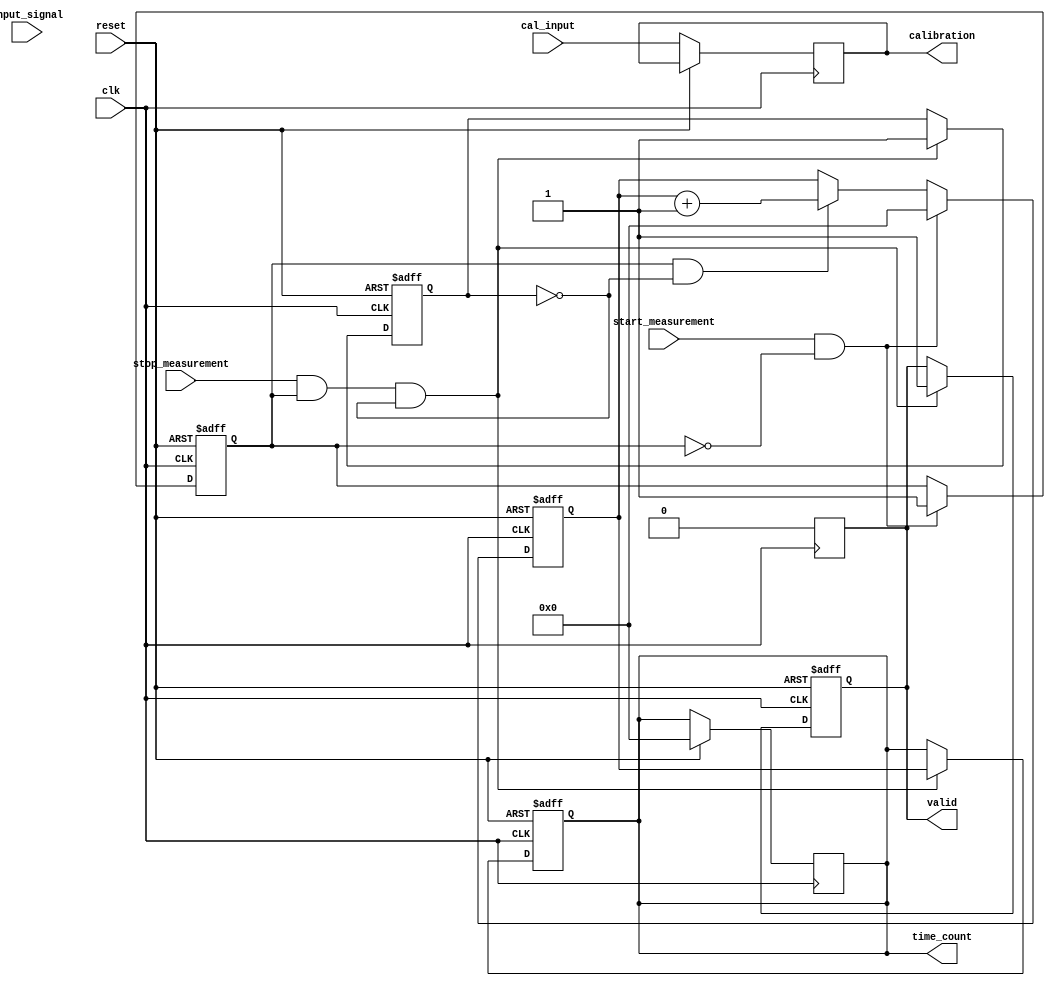
module TDC (
    input wire clk,                 // High-frequency clock
    input wire reset,               // Reset signal
    input wire input_signal,        // Input signal to be measured
    output reg [31:0] time_count,   // Measured time interval
    output reg valid,               // Output valid flag
    output reg [7:0] calibration,   // Calibration output
    input wire [7:0] cal_input,     // Calibration input
    input wire start_measurement,    // Signal to start measurement
    input wire stop_measurement      // Signal to stop measurement
);

    // Internal signals
    reg [31:0] counter;             // Time counter
    reg start_detected;             // Flag for start event detection
    reg stop_detected;              // Flag for stop event detection
    reg [3:0] clk_phase;            // Clock phase for interpolation
    reg [31:0] interpolation_value;  // Interpolation value

    // Clock generation (Ring Oscillator or other)
    always @(posedge clk or posedge reset) begin
        if (reset) begin
            counter <= 32'b0;
            time_count <= 32'b0;
            valid <= 1'b0;
            start_detected <= 1'b0;
            stop_detected <= 1'b0;
            clk_phase <= 4'b0;
        end else begin
            // Increment counter
            if (start_detected && !stop_detected) begin
                counter <= counter + 1;
            end
            
            // Clock phase for resolution enhancement
            clk_phase <= clk_phase + 1;

            // Detect start of measurement
            if (start_measurement && !start_detected) begin
                start_detected <= 1'b1;
                counter <= 32'b0; // Reset counter
            end
            
            // Detect stop of measurement
            if (stop_measurement && start_detected && !stop_detected) begin
                stop_detected <= 1'b1;
                time_count <= counter; // Capture time count
                valid <= 1'b1;         // Set valid flag
            end
            
            // Handle calibration input
            calibration <= cal_input; // Simple pass-through for calibration
        end
    end

    // Output register to latch the time count
    always @(posedge clk) begin
        if (reset) begin
            time_count <= 32'b0;
            valid <= 1'b0;
        end else if (valid) begin
            // Latch the output value for stability
            valid <= 1'b0; // Reset valid flag after capturing
        end
    end

endmodule